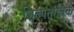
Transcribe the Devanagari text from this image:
शिल्पतांत्रिक